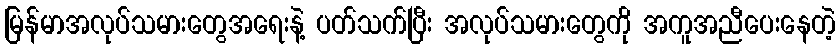
မြန်မာအလုပ်သမားတွေအရေးနဲ့ ပတ်သက်ပြီး အလုပ်သမားတွေကို အကူအညီပေးနေတဲ့